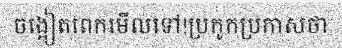
ចង្អៀតពេកមើលទៅ!ប្រកូកប្រកាសថា